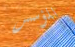
المؤسس